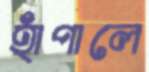
হাঁপালে